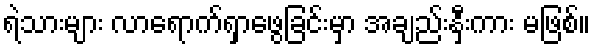
ရဲသားများ လာရောက်ရှာဖွေခြင်းမှာ အချည်းနှီးကား မဖြစ်။